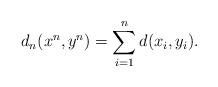
LaTeX: \begin{align*}d_n(x^n, y^n) = \sum_{i=1}^{n} d(x_i, y_i). \end{align*}